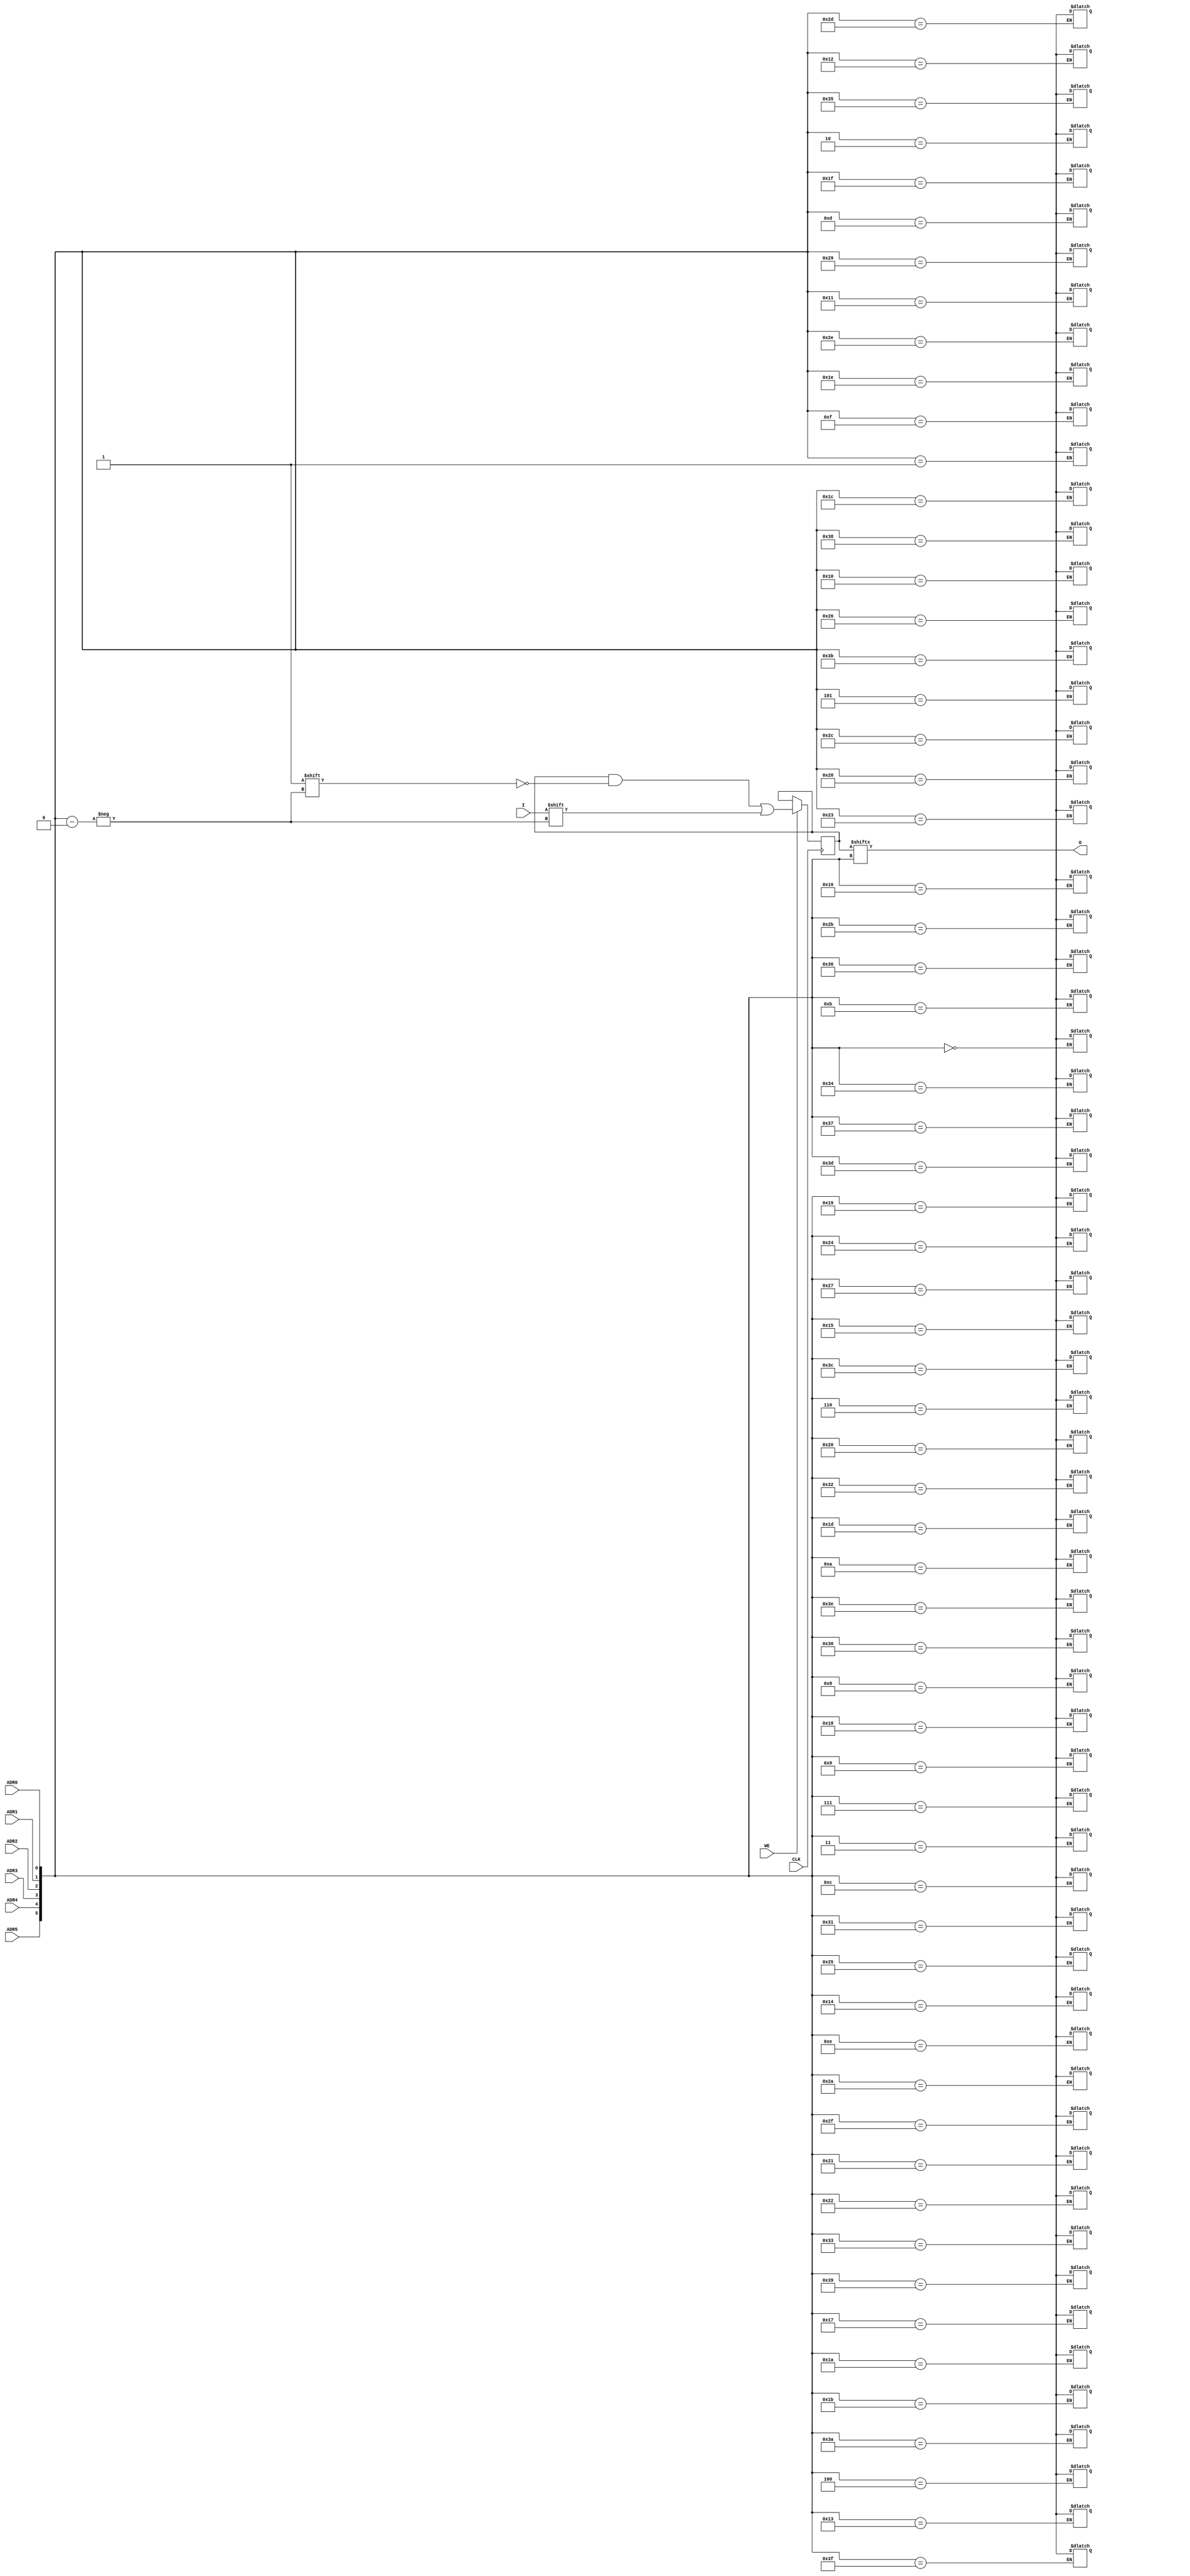
module X_RAMS64 (O, ADR0, ADR1, ADR2, ADR3, ADR4, ADR5, CLK, I, WE);

  parameter INIT = 64'h0000000000000000;

  output O;
  input ADR0, ADR1, ADR2, ADR3, ADR4, ADR5, CLK, I, WE;

  reg [63:0] mem;
  wire [5:0] adr;

  wire in, we, clk;
  reg o_out;
  reg notifier;

  buf b1 (in, I);
  buf b2 (clk, CLK);
  buf b3 (we ,WE);
  buf b4 (adr[5],ADR5);
  buf b5 (adr[4],ADR4);
  buf b6 (adr[3],ADR3);
  buf b7 (adr[2],ADR2);
  buf b8 (adr[1],ADR1);
  buf b9 (adr[0],ADR0);
  buf bA (O, o_out);

  initial begin
    mem <= INIT;
  end

  always @(posedge clk) begin
    if (we == 1'b1)
      mem[adr] <= in;
  end

  always @(mem or adr) begin
    o_out <= mem[adr];
  end

  always @(notifier) begin
    mem[adr] <= 1'bx;
  end

  specify

	(CLK => O) = (0:0:0, 0:0:0);
	(ADR0 => O) = (0:0:0, 0:0:0);
	(ADR1 => O) = (0:0:0, 0:0:0);
	(ADR2 => O) = (0:0:0, 0:0:0);
	(ADR3 => O) = (0:0:0, 0:0:0);
	(ADR4 => O) = (0:0:0, 0:0:0);
	(ADR5 => O) = (0:0:0, 0:0:0);

	$setuphold (posedge CLK, posedge I &&& WE, 0:0:0, 0:0:0, notifier);
	$setuphold (posedge CLK, negedge I &&& WE, 0:0:0, 0:0:0, notifier);
	$setuphold (posedge CLK, posedge ADR0 &&& WE, 0:0:0, 0:0:0, notifier);
	$setuphold (posedge CLK, negedge ADR0 &&& WE, 0:0:0, 0:0:0, notifier);
	$setuphold (posedge CLK, posedge ADR1 &&& WE, 0:0:0, 0:0:0, notifier);
	$setuphold (posedge CLK, negedge ADR1 &&& WE, 0:0:0, 0:0:0, notifier);
	$setuphold (posedge CLK, posedge ADR2 &&& WE, 0:0:0, 0:0:0, notifier);
	$setuphold (posedge CLK, negedge ADR2 &&& WE, 0:0:0, 0:0:0, notifier);
	$setuphold (posedge CLK, posedge ADR3 &&& WE, 0:0:0, 0:0:0, notifier);
	$setuphold (posedge CLK, negedge ADR3 &&& WE, 0:0:0, 0:0:0, notifier);
	$setuphold (posedge CLK, posedge ADR4 &&& WE, 0:0:0, 0:0:0, notifier);
	$setuphold (posedge CLK, negedge ADR4 &&& WE, 0:0:0, 0:0:0, notifier);
	$setuphold (posedge CLK, posedge ADR5 &&& WE, 0:0:0, 0:0:0, notifier);
	$setuphold (posedge CLK, negedge ADR5 &&& WE, 0:0:0, 0:0:0, notifier);
	$setuphold (posedge CLK, posedge WE, 0:0:0, 0:0:0, notifier);
	$setuphold (posedge CLK, negedge WE, 0:0:0, 0:0:0, notifier);

	$width (posedge CLK &&& WE, 0:0:0, 0, notifier);
	$width (negedge CLK &&& WE, 0:0:0, 0, notifier);

	specparam PATHPULSE$ = 0;

  endspecify

endmodule